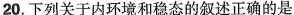
20.下列关于内环境和稳态的叙述正确的是